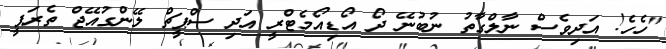
"ހެހެ! އަދިވެސް ނާލްގާތު ނުބުނޭ ދޯ އޯޑިއޯމެޓްރީ އަދި ސްޕީޗް ލޭންގުއޭޖް ތެރަޕީ